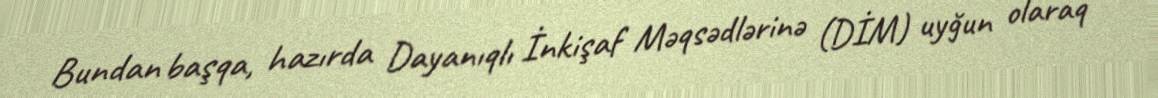
Bundan başqa, hazırda Dayanıqlı İnkişaf Məqsədlərinə (DİM) uyğun olaraq